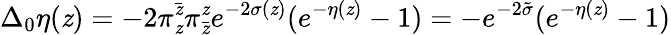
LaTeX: \Delta_{0}\eta(\mathit{z})=-2\pi_{\mathit{z}}^{\bar{{\mathit{z}}}}\pi_{\bar{{\mathit{z}}}}^{\mathit{z}}e^{-2\sigma(\mathit{z})}(e^{-\eta(\mathit{z})}-1)=-e^{-2\tilde{{\sigma}}}(e^{-\eta(\mathit{z})}-1)